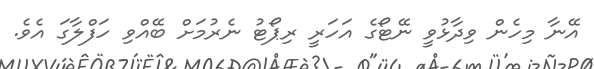
އޭނާ މިހެން ވިދާޅުވީ ނޭޓޯގެ އަހަރީ ރިޕޯޓު ނެރުމަށް ބޭއްވި ހަފްލާގަ އެވެ.